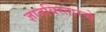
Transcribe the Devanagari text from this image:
ज्ञानविस्तारचे